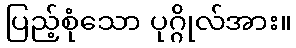
ပြည့်စုံသော ပုဂ္ဂိုလ်အား။